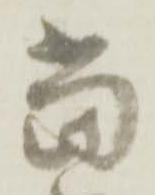
當